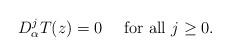
LaTeX: \begin{align*}D^j_\alpha T(z)=0\quad\ \textrm{for all}\ j\geq 0.\end{align*}